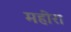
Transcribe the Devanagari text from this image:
महीरा